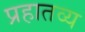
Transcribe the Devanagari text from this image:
प्रहातव्य